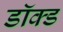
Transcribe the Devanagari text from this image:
डॉक्ड